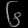
Digit: ၆